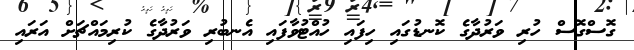
ގޮސްގޮސް ހުރި ވަރުދާގެ ކޮނޑުގައި ހިފައި ހުއްޓުވާފައި އެނބުރި ވަރުދާގެ ކުރިމައްޗަށް އަރައި